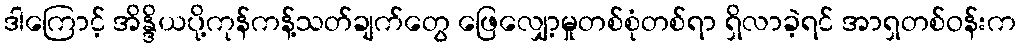
ဒါကြောင့် အိန္ဒိယပို့ကုန်ကန့်သတ်ချက်တွေ ဖြေလျှော့မှုတစ်စုံတစ်ရာ ရှိလာခဲ့ရင် အာရှတစ်ဝန်းက